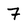
Character: 7